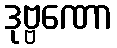
ဒုဗ္ဗဏော